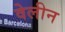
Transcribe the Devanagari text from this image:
वेलीन